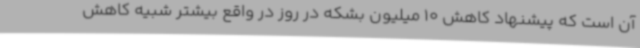
آن است که پیشنهاد کاهش 10 میلیون بشکه در روز در واقع بیشتر شبیه کاهش